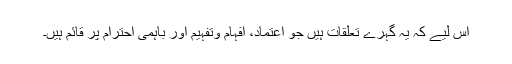
اس لیے کہ یہ گہرے تعلقات ہیں جو اعتماد، افہام وتفہیم اور باہمی احترام پر قائم ہیں۔